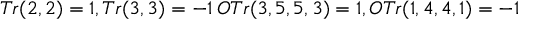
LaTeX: T r ( 2 , 2 ) = 1 , T r ( 3 , 3 ) = - 1 \, O T r ( 3 , 5 , 5 , 3 ) = 1 , O T r ( 1 , 4 , 4 , 1 ) = - 1